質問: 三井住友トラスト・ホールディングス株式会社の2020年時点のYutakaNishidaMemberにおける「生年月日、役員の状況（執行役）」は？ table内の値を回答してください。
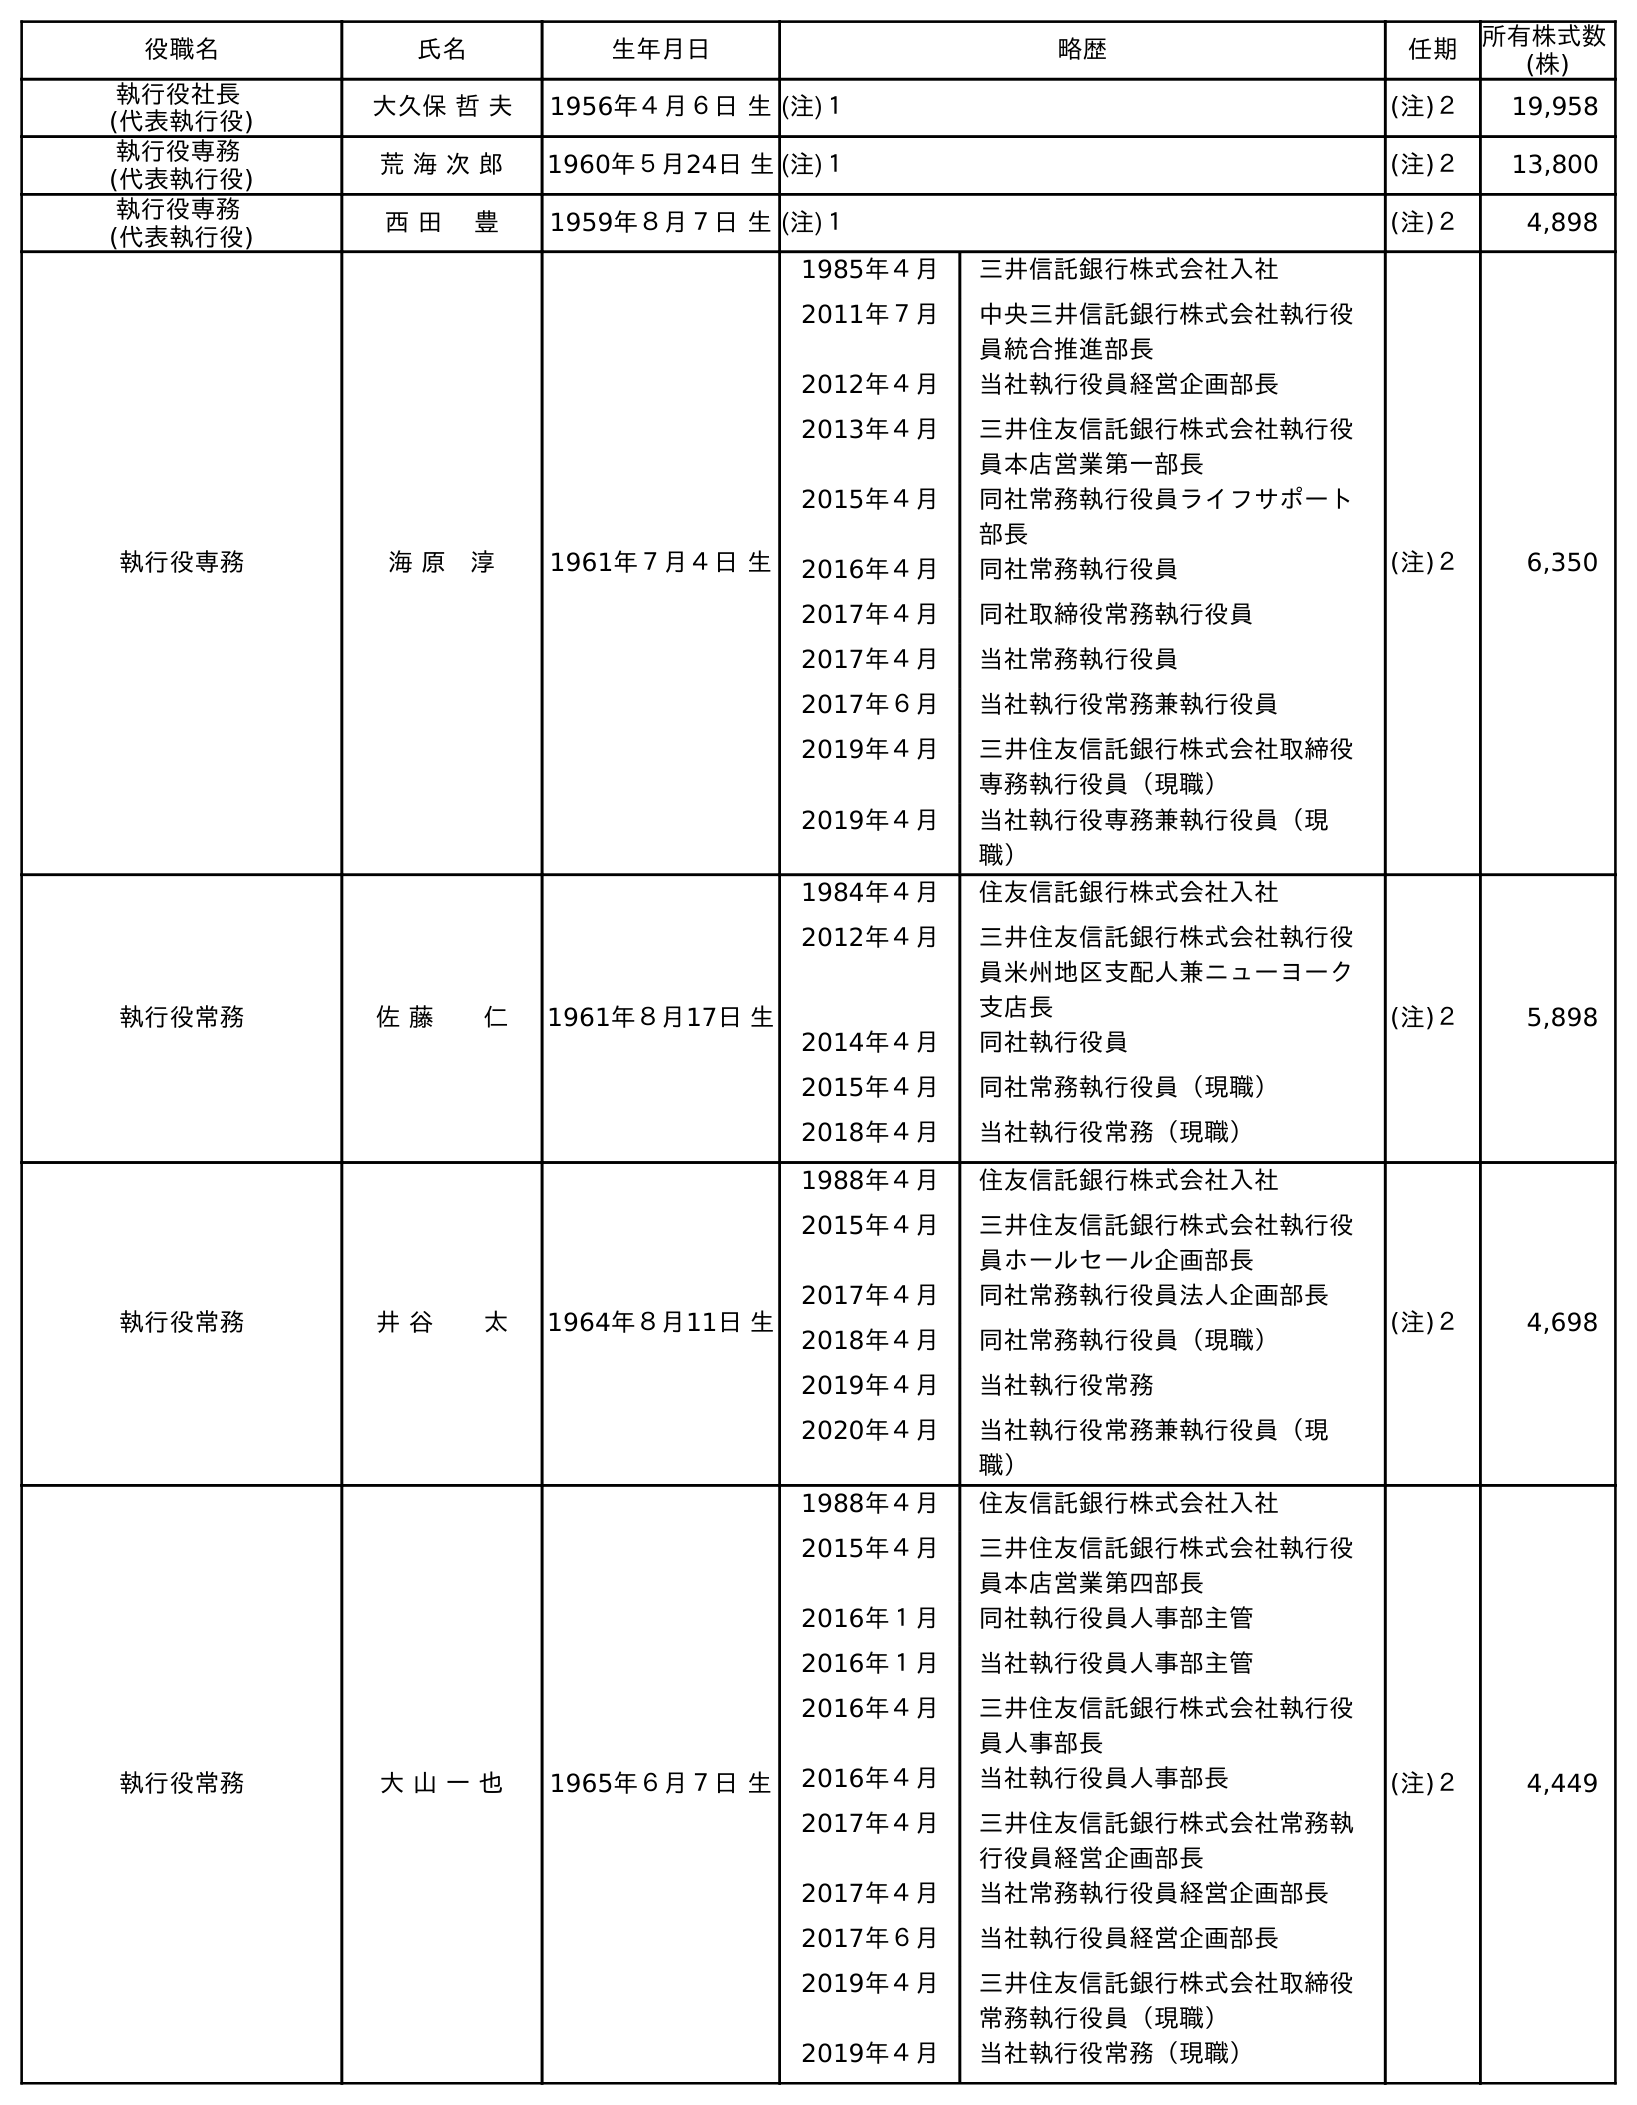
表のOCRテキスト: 役職名 氏名 生年月日 略歴 任期 所有株式数 (株) 執行役社長 (代表執行役) 大久保 哲 夫 1956年４月６日 生(注)１ (注)２ 19,958 執行役専務 (代表執行役) 荒 海 次 郎 1960年５月24日 生(注)１ (注)２ 13,800 執行役専務 (代表執行役) 西 田 豊 1959年８月７日 生(注)１ (注)２ 4,898 執行役専務 海 原 淳 1961年７月４日 生 1985年４月 三井信託銀行株式会社入社 2011年７月 中央三井信託銀行株式会社執行役 員統合推進部長 2012年４月 当社執行役員経営企画部長 2013年４月 三井住友信託銀行株式会社執行役 員本店営業第一部長 2015年４月 同社常務執行役員ライフサポート 部長 2016年４月 同社常務執行役員 2017年４月 同社取締役常務執行役員 2017年４月 当社常務執行役員 2017年６月 当社執行役常務兼執行役員 2019年４月 三井住友信託銀行株式会社取締役 専務執行役員（現職） 2019年４月 当社執行役専務兼執行役員（現 職） (注)２ 6,350 執行役常務 佐 藤  仁 1961年８月17日 生 1984年４月 住友信託銀行株式会社入社 2012年４月 三井住友信託銀行株式会社執行役 員米州地区支配人兼ニューヨーク 支店長 2014年４月 同社執行役員 2015年４月 同社常務執行役員（現職） 2018年４月 当社執行役常務（現職） (注)２ 5,898 執行役常務 井 谷  太 1964年８月11日 生 1988年４月 住友信託銀行株式会社入社 2015年４月 三井住友信託銀行株式会社執行役 員ホールセール企画部長 2017年４月 同社常務執行役員法人企画部長 2018年４月 同社常務執行役員（現職） 2019年４月 当社執行役常務 2020年４月 当社執行役常務兼執行役員（現 職） (注)２ 4,698 執行役常務 大 山 一 也 1965年６月７日 生 1988年４月 住友信託銀行株式会社入社 2015年４月 三井住友信託銀行株式会社執行役 員本店営業第四部長 2016年１月 同社執行役員人事部主管 2016年１月 当社執行役員人事部主管 2016年４月 三井住友信託銀行株式会社執行役 員人事部長 2016年４月 当社執行役員人事部長 2017年４月 三井住友信託銀行株式会社常務執 行役員経営企画部長 2017年４月 当社常務執行役員経営企画部長 2017年６月 当社執行役員経営企画部長 2019年４月 三井住友信託銀行株式会社取締役 常務執行役員（現職） 2019年４月 当社執行役常務（現職） (注)２ 4,449
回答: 1959年８月７日生